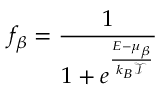
f _ { \beta } = \frac { 1 } { 1 + e ^ { \frac { E - \mu _ { \beta } } { k _ { B } \mathcal { T } } } }